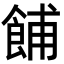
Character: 餔